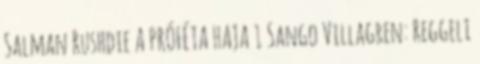
Salman Rushdie A PRÓFÉTA HAJA 1 Sango Villagren: Reggeli